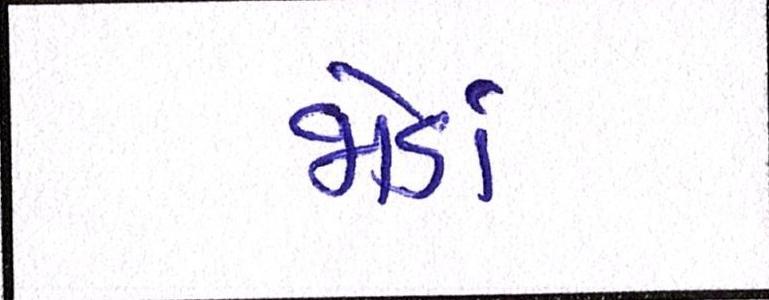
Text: જોડાં